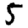
Digit: 5